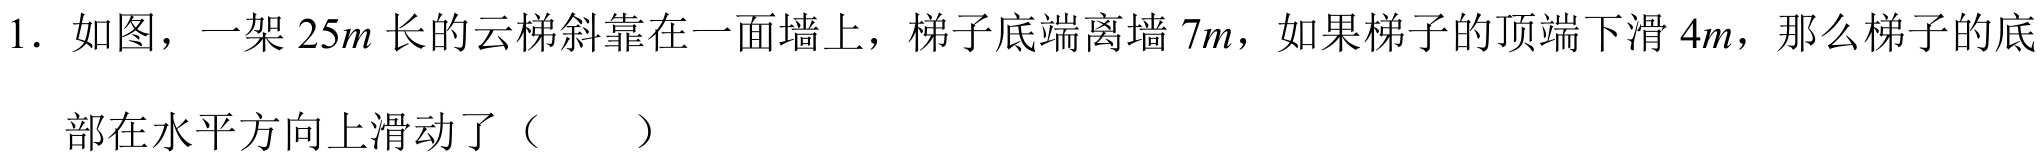
1. 如图，一架 \(25m\) 长的云梯斜靠在一面墙上，梯子底端离墙 \(7m\)，如果梯子的顶端下滑 \(4m\)，那么梯子的底
部在水平方向上滑动了（  ）